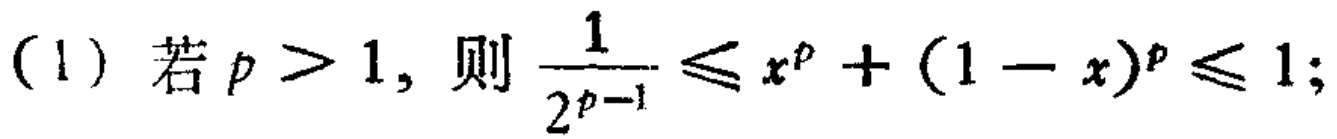
(1) 若 \(p > 1\)，则 \(\frac{1}{2^{p - 1}} \leq x^{p}+(1 - x)^{p} \leq 1\);